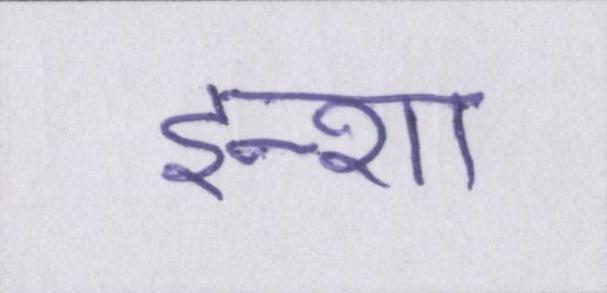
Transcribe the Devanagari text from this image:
इन्शा